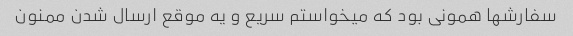
سفارشها همونی بود که میخواستم سریع و یه موقع ارسال شدن ممنون